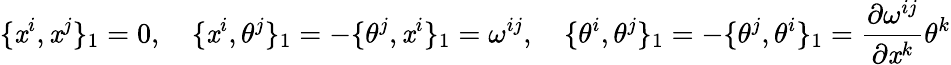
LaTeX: \{ \mathit{x}^{i},\mathit{x}^{j}\} _{1}=0,\quad\{ \mathit{x}^{i},\theta^{j}\} _{1}=-\{ \theta^{j},\mathit{x}^{i}\} _{1}=\omega^{ij},\quad\{ \theta^{i},\theta^{j}\} _{1}=-\{ \theta^{j},\theta^{i}\} _{1}=\frac{{\partial\omega^{ij}}}{{\partial\mathit{x}^{k}}}\theta^{k}